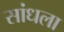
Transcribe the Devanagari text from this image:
सांधला